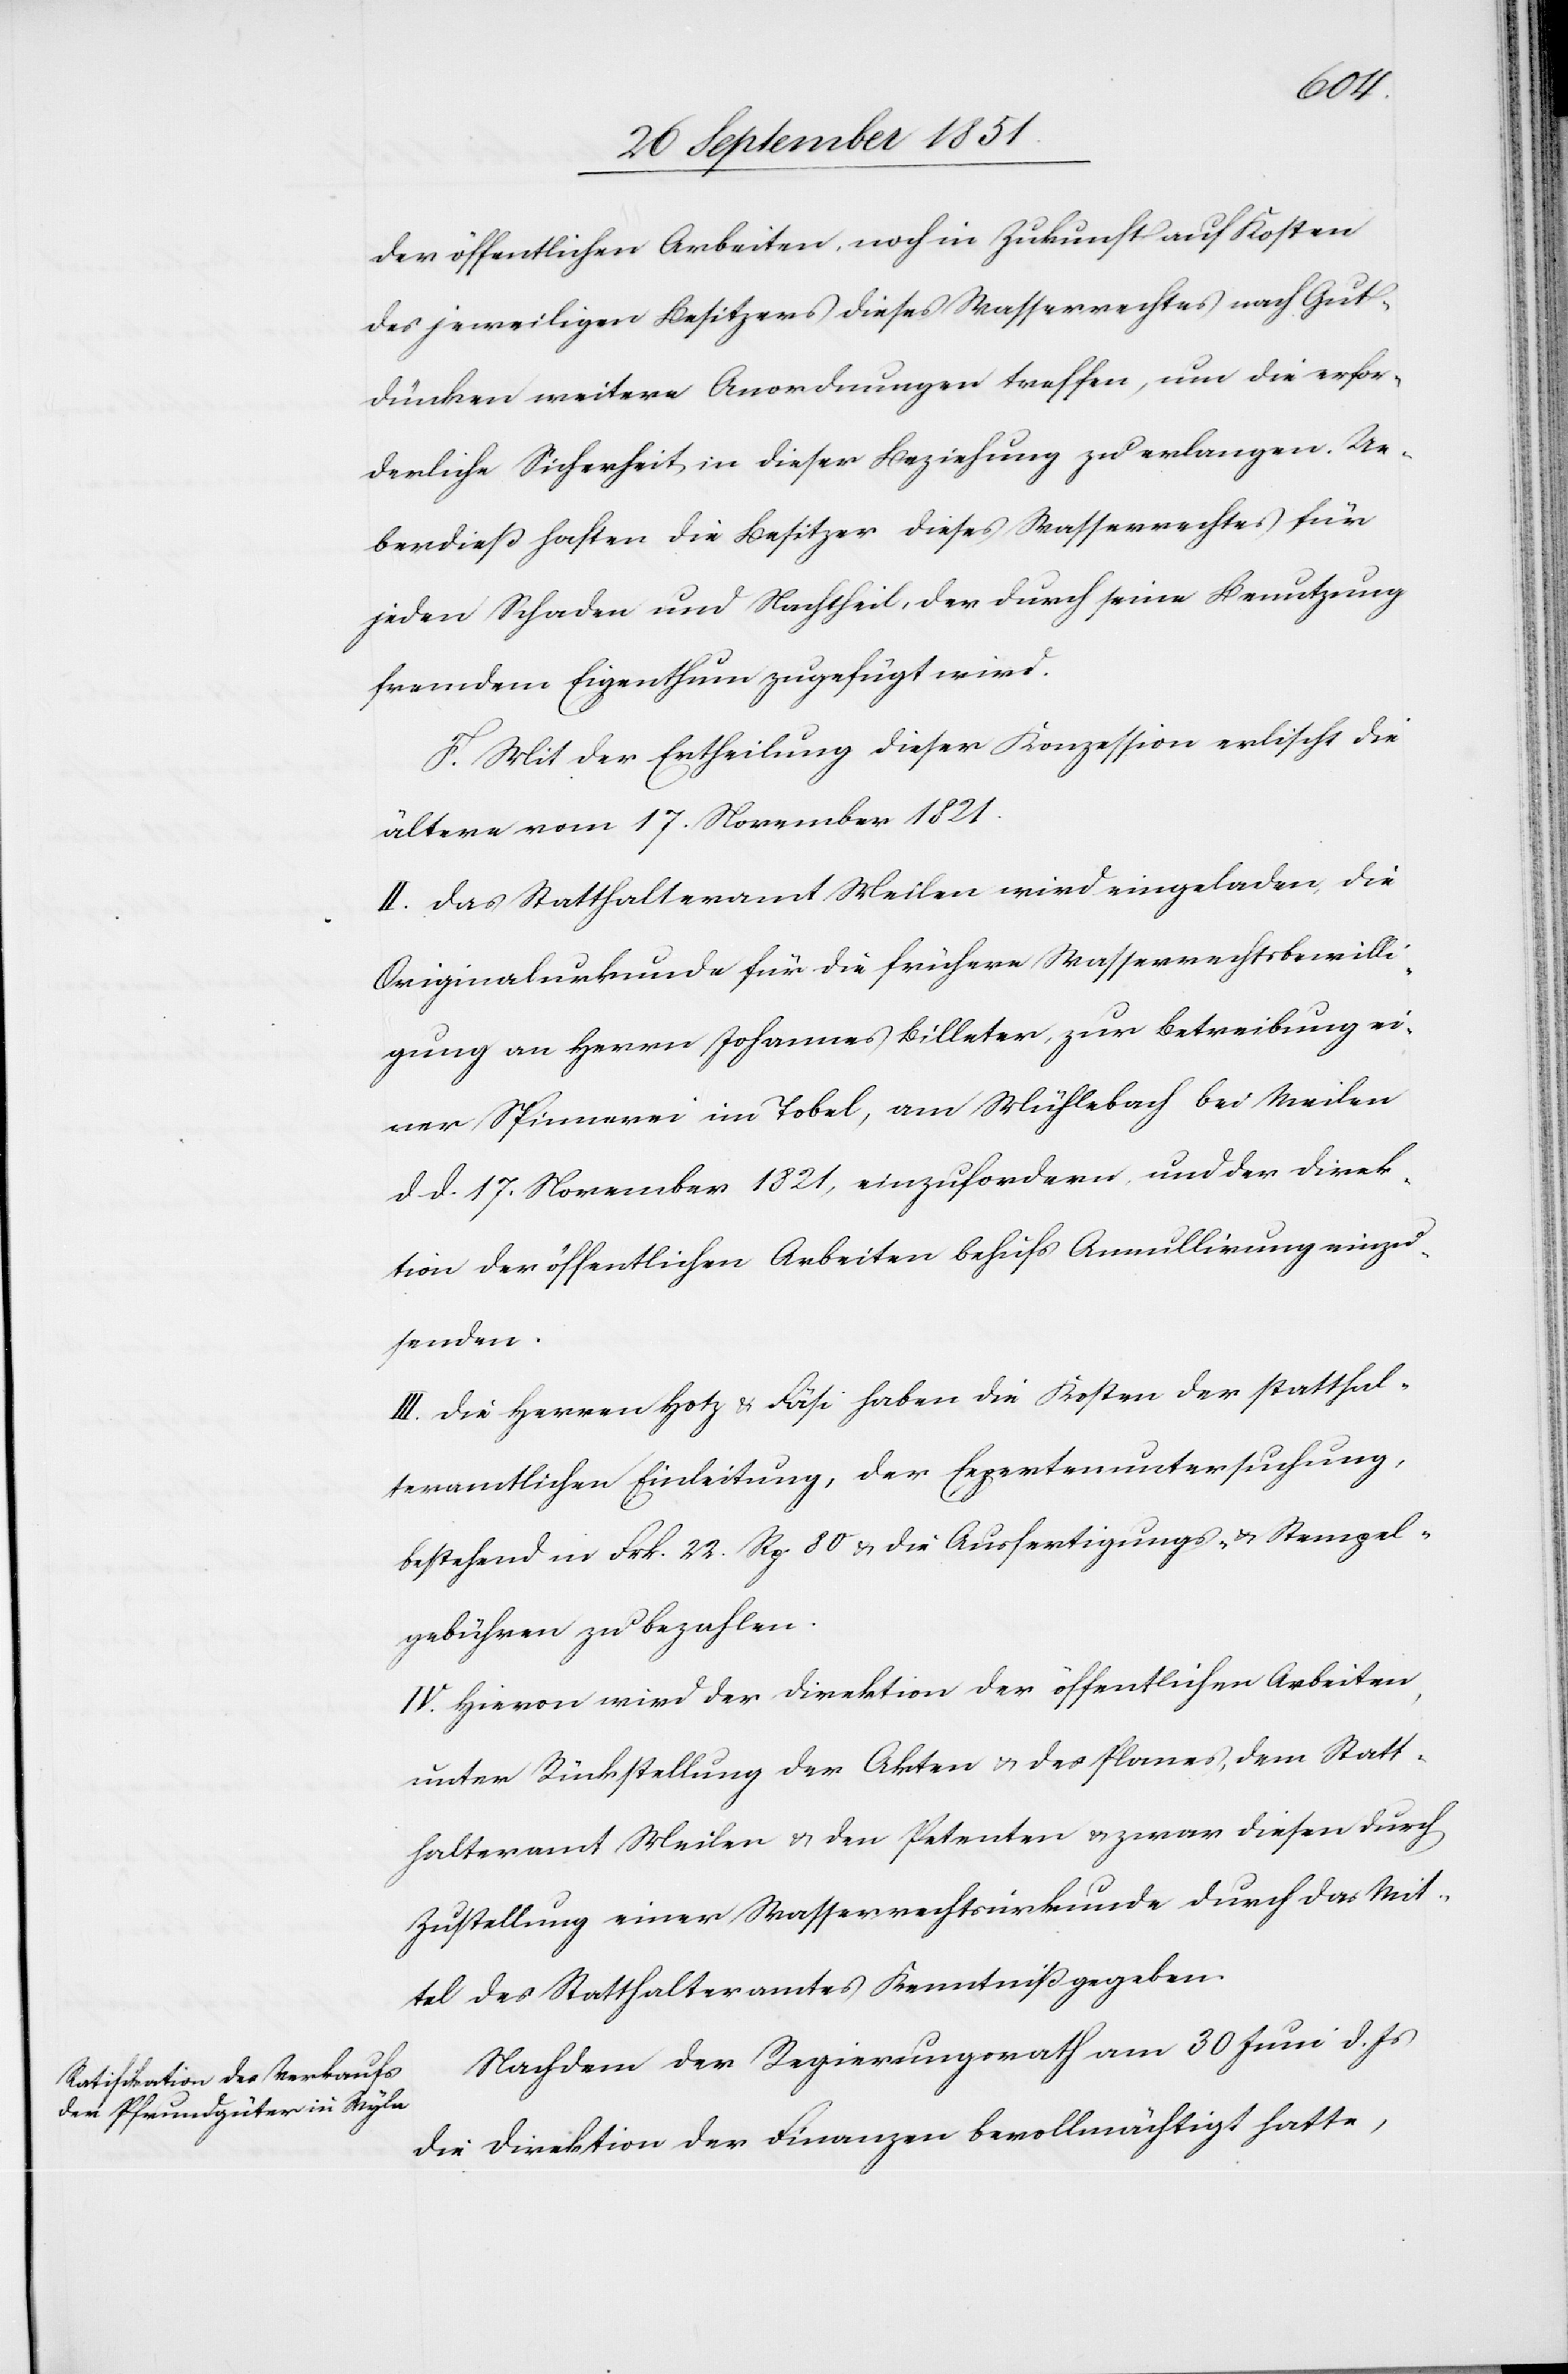
der öffentlichen Arbeiten, noch in Zukunft auf Kosten
des jeweiligen Besitzers dieses Wasserrechtes nach Gut¬
dünken weitere Anordnungen treffen, um die erfor¬
derliche Sicherheit in dieser Beziehung zu erlangen. Ue¬
berdieß haften die Besitzer dieses Wasserrechtes für
jeden Schaden und Nachtheil, der durch seine Benutzung
fremdem Eigenthum zugefügt wird.
Mit der Ertheilung dieser Konzession erlischt die
ältere vom 17. November 1821.
II. Das Statthalteramt Meilen wird eingeladen, die
Originalurkunde für die frühere Wasserrechtsbewilli¬
gung an Herrn Johannes Billeter, zur Betreibung ei¬
ner Spinnerei im Tobel, am Mühlebach bei Meilen
d d. 17. November 1821, einzufordern, und der Direk¬
tion der öffentlichen Arbeiten behufs Annullirung einzu¬
senden.
III. Die Herren Hotz & Fäsi haben die Kosten der statthal¬
teramtlichen Einleitung, der Expertenuntersuchung,
bestehend in Frk. 22. Rp. 80 & die Ausfertigungs- & Stempel¬
gebühren zu bezahlen.
IV. Hievon wird der Direktion der öffentlichen Arbeiten,
unter Rückstellung der Akten & des Planes, dem Statt¬
halteramt Meilen & den Petenten & zwar diesen durch
Zustellung einer Wasserrechtsurkunde durch das Mit¬
tel des Statthalteramtes Kenntniß gegeben.
Nachdem der Regierungsrath am 30 Juni d. Js
die Direktion der Finanzen bevollmächtigt hatte,